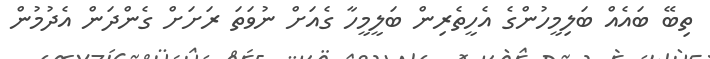
ތިބޭ ބައެއް ބަލިމީހުންގެ އެހީތެރިން ބަލީމީހާ ގެއަށް ނުވަތަ ރަށަށް ގެންދަން އެދުމުން